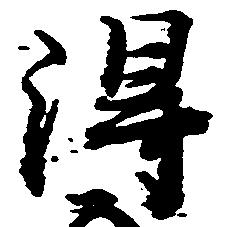
得